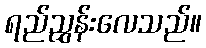
ရည်ညွှန်းလေသည်။